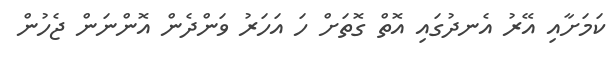
ކަމަށާއި އޭރު އެނދުގައި އޮތް ގޮތަށް ހަ އަހަރު ވަންދެން އޮންނަން ޖެހުން